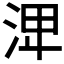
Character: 𣴪